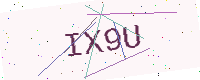
Text: IX9U